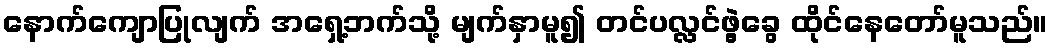
နောက်ကျောပြုလျက် အရှေ့ဘက်သို့ မျက်နှာမူ၍ တင်ပလ္လင်ဖွဲ့ခွေ ထိုင်နေတော်မူသည်။